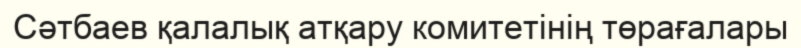
Сәтбаев қалалық атқару комитетінің төрағалары